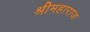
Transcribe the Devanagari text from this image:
श्रीमहाराज